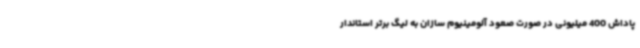
پاداش 400 میلیونی در صورت صعود آلومینیوم سازان به لیگ برتر استاندار